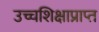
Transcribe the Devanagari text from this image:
उच्चशिक्षाप्राप्त